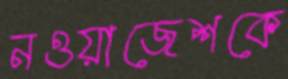
নওয়াজেশকে